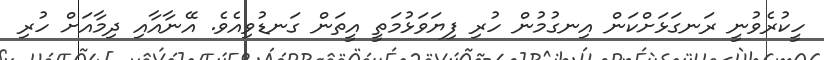
ހީކުރެވުނީ ރަނގަޅަށްކަން އިނގުމުން ހުރި ފިޔަވަޅުމަތީ އީތަން ގަނޑުވިއެވެ. އޭނާއާއި ދިމާއަށް ހުރި